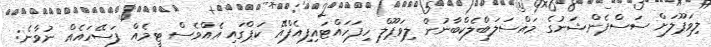
ލިވަޕޫލަށް ސަސްޕެންޝަނުގެ މައްސަލަބްލެކްބާނުން ލިވަޕޫލް ހިފަހައްޓައިފިއެފްއޭ ކަޕްގައި އެއްވެސް ޓީމެއް ފަސޭހައެއް ނުވާނެ: